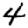
Digit: 4